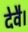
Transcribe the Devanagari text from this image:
देवै।